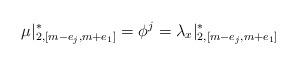
LaTeX: \begin{align*}\mu|_{2, [m-e_j, m+e_1]}^* = \phi^j = \lambda_x|_{2, [m-e_j, m+e_1]}^*\end{align*}